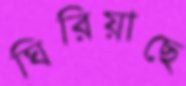
ঘিরিয়াছে